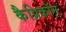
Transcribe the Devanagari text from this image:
कैप्रिकॉन